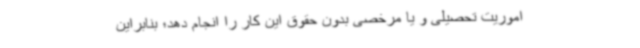
اموریت تحصیلی و یا مرخصی بدون حقوق این کار را انجام دهد؛ بنابراین